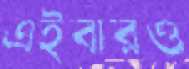
এইবারও